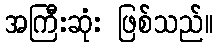
အကြီးဆုံး ဖြစ်သည်။